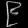
Digit: ၉